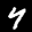
Label: 4